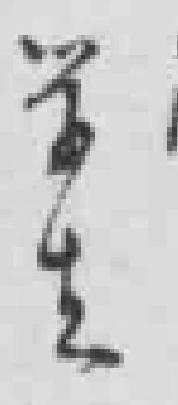
学生